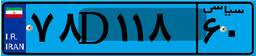
۲۷D۱۴۶۰۳